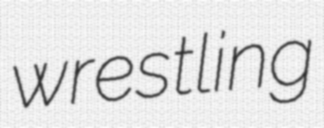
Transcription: wrestling